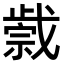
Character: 𢧼